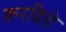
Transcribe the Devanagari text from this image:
करवितो